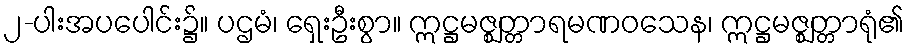
၂-ပါးအပပေါင်း၌။ ပဌမံ၊ ရှေးဦးစွာ။ ဣဋ္ဌမဇ္ဈတ္တာရမဏဝသေန၊ ဣဋ္ဌမဇ္ဈတ္တာရုံ၏